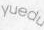
yuedu